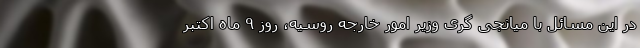
در این مسائل با میانجی گری وزیر امور خارجه روسیه، روز ۹ ماه اکتبر